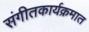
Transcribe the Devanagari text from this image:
संगीतकार्यक्रमात